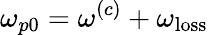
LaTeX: \omega_{p0}=\omega^{(c)}+\omega_{\mathrm{loss}}